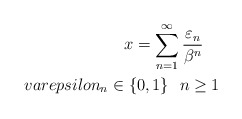
\begin{align*}x=\sum_{n=1}^{\infty }\frac{\varepsilon _{n}}{\beta ^{n}}\ \ \ \\varepsilon _{n}\in \{0,1\}\ \ n\geq 1\end{align*}